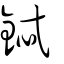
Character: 鋱